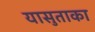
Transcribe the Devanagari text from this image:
यासुताका